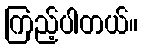
ကြည့်ပါတယ်။